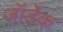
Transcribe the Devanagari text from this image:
जॉर्डेक